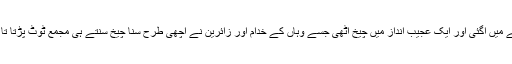
اسی وقت وہ لڑکی حضرت کی بے کراں عنایتوں کے سائے میں آگئی اور ایک عجیب انداز میں چیخ اٹھی جسے وہاں کے خدام اور زائرین نے اچھی طرح سنا چیخ سنتے ہی مجمع ٹوٹ پڑتا تا کہ اس کے کپڑے کے کچھ حصے بعنوان تبرک لے لے ۔